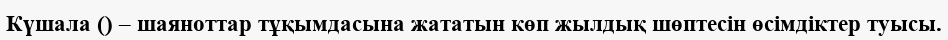
Күшала () – шаяноттар тұқымдасына жататын көп жылдық шөптесін өсімдіктер туысы.